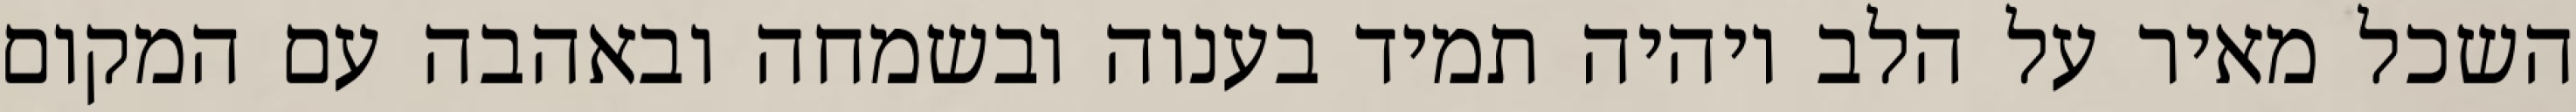
השכל מאיר על הלב ויהיה תמיד בענוה ובשמחה ובאהבה עם המקום